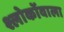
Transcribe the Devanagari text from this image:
श्लोकोंवाला